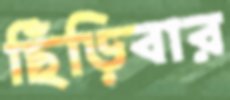
ছিঁড়িবার